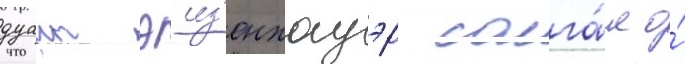
дуаит эиз'енхауэр солга́л о́